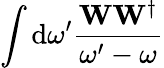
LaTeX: \int{\mathrm{d}\omega^{\prime}\frac{\mathbf{W}\mathbf{W}^{\dagger}}{\omega^{\prime}-\omega}}